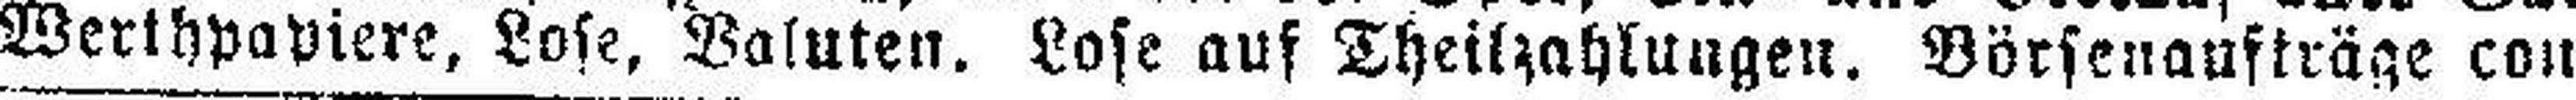
Werthpapiere, Lose, Valuten. Lose auf Theilzahlungen. Börseaufträge conlantest